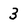
Character: 3